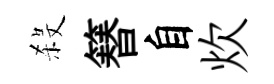
殺簮自炊